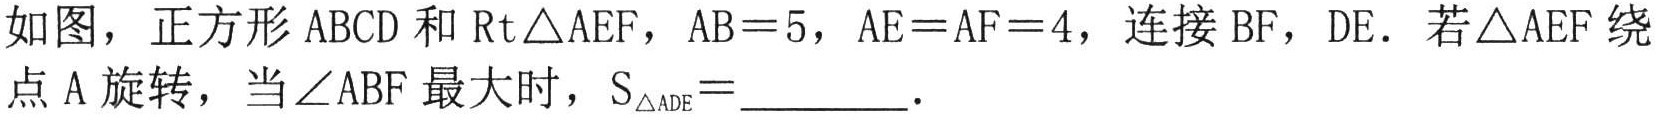
如图，正方形 \(ABCD\) 和 \(\text{Rt}\triangle AEF\)，\(AB = 5\)，\(AE = AF = 4\)，连接 \(BF\)，\(DE\)．若 \(\triangle AEF\) 绕点 \(A\) 旋转，当 \(\angle ABF\) 最大时，\(S_{\triangle ADE}=\underline{\quad\quad}\)．